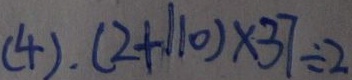
( 4 ) . ( 2 + 1 1 0 ) \times 3 7 \div 2